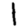
Digit: 1